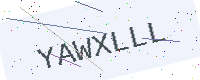
Text: YAWXLLL